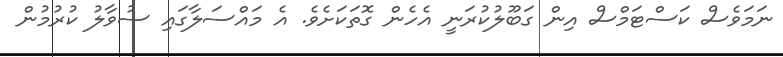
ނަމަވެސް ކަސްޓަމްސް އިން ގަބޫލުކުރަނީ އެހެން ގޮތަކަށެވެ. އެ މައްސަލާގައި ސުވާލު ކުރުމުން